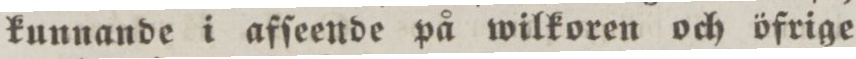
kunnande i afſeende på wilkoren och öfrige